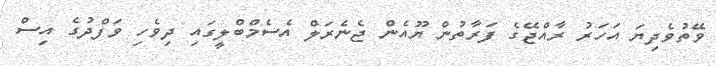
ވޭތުވެދިޔަ އަހަރު ރާއްޖޭގެ ފަރާތުން ޔޫއެން ޖެނެރަލް އެސެމްބްލީގައި ދިވެހި ވަފްދުގެ އިސް